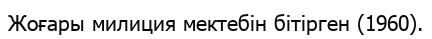
Жоғары милиция мектебін бітірген (1960).